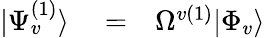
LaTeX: \begin{array}{rlr}{|\Psi_{v}^{(1)}\rangle}&{{}=}&{\Omega^{v(1)}|\Phi_{v}\rangle}\end{array}